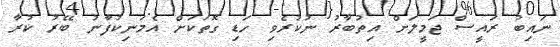
ނައިބު ރައީސް ޖަމީލަށް އިތުބާރު ނުކުރެވި ހަޑި ގޮތަކަށް އެމަނިކުފާނު ބޭރު ކުރާ